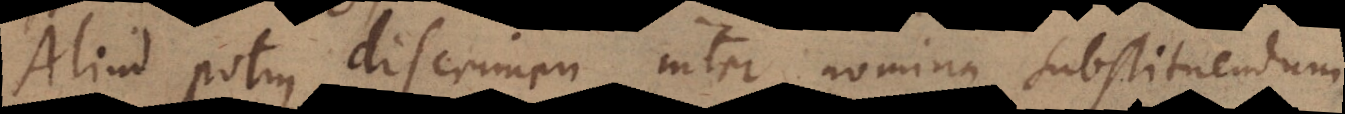
Aliud potius discrimen inter nomina substituendum